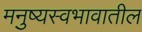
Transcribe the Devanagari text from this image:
मनुष्यस्वभावातील